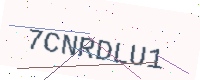
Text: 7CNRDLU1